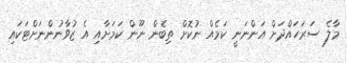
މާލެ ސަރަހައްދަށް އަންނަނީ ކަމެއް ނުކޮށް ތިބެން ނޫން ކަމަށާއި އެ ޒުވާނުންނަށްޓަކައި